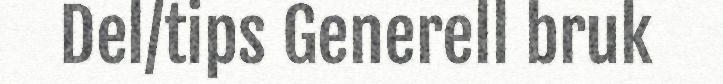
Del/tips Generell bruk